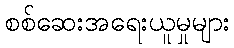
စစ်ဆေးအရေးယူမှုများ